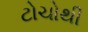
ટોચોથી